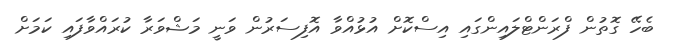
ބެހޭ ގޮތުން ފްރަންޓްލައިންގައި އިސްކޮށް އުޅުއްވާ އޮފިސަރުން ވަނީ މަޝްވަރާ ކުރައްވާފައި ކަމަށް